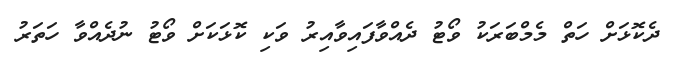
ދެކޮޅަށް ހަތް މެމްބަރަކު ވޯޓު ދެއްވާފައިވާއިރު ވަކި ކޮޅަކަށް ވޯޓު ނުދެއްވާ ހަތަރު